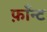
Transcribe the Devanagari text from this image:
फ़ाँन्ट